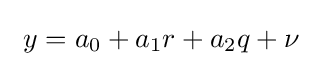
\ y=a_{0}+a_{1}r+a_{2}q+\nu